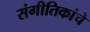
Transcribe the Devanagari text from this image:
संगीतिकांचे